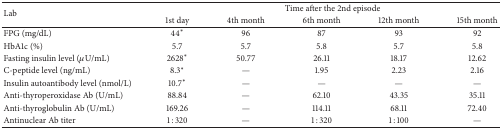
<table><thead><tr><td rowspan="2"><b>Lab</b></td><td colspan="5"><b>Time after the 2nd episode</b></td></tr><tr><td><b>1st day</b></td><td><b>4th month</b></td><td><b>6th month</b></td><td><b>12th month</b></td><td><b>15th month</b></td></tr></thead><tbody><tr><td>FPG (mg/dL)</td><td>44<sup><i>∗</i></sup></td><td>96</td><td>87</td><td>93</td><td>92</td></tr><tr><td>HbA1c (%)</td><td>5.7</td><td>5.7</td><td>5.8</td><td>5.7</td><td>5.8</td></tr><tr><td>Fasting insulin level (<i>μ</i>U/mL)</td><td>2628<sup><i>∗</i></sup></td><td>50.77</td><td>26.11</td><td>18.17</td><td>12.62</td></tr><tr><td>C-peptide level (ng/mL)</td><td>8.3<sup><i>∗</i></sup></td><td>—</td><td>1.95</td><td>2.23</td><td>2.16</td></tr><tr><td>Insulin autoantibody level (nmol/L)</td><td>10.7<sup><i>∗</i></sup></td><td>—</td><td>—</td><td>—</td><td>—</td></tr><tr><td>Anti-thyroperoxidase Ab (U/mL)</td><td>88.84</td><td>—</td><td>62.10</td><td>43.35</td><td>35.11</td></tr><tr><td>Anti-thyroglobulin Ab (U/mL)</td><td>169.26</td><td>—</td><td>114.11</td><td>68.11</td><td>72.40</td></tr><tr><td>Antinuclear Ab titer</td><td>1 : 320</td><td>—</td><td>1 : 320</td><td>1 : 100</td><td>—</td></tr></tbody></table>